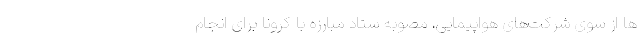
ها از سوی شرکت‌های هواپیمایی، مصوبه ستاد مبارزه با کرونا برای انجام